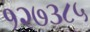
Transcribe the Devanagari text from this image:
१२७३८५